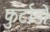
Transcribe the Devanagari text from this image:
फुर्टाडो